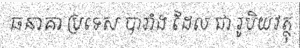
ធនាគា ប្រទេស បារាំង ដែល ជា រូបិយវត្ថុ